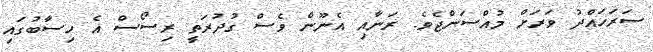
ސަރަހައްދު ވަރަށް މުއްސަންޖެވެ. ރަނާއި އެނޫން ވެސް ގުދުރަތީ ރިސޯސް އެ ހިސާބުގައި